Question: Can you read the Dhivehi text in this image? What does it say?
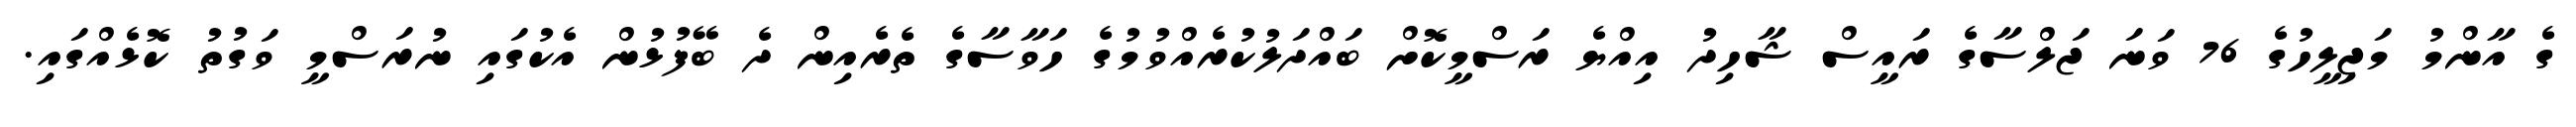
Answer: ގެ އާންމު މަޖިލީހުގެ 76 ވަނަ ޖަލްސާގެ ރައީސް ޝާހިދު އިއްޔެ ރަސްމީކޮށް ބައްދަލުކުރެއްވުމުގެ ހަވާސާގެ ތެރެއިން ދެ ބޭފުޅުން އެކުގައި ނުރަސްމީ ވަގުތު ކޮޅެއްގައި.